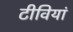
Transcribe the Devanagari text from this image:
टीवियां